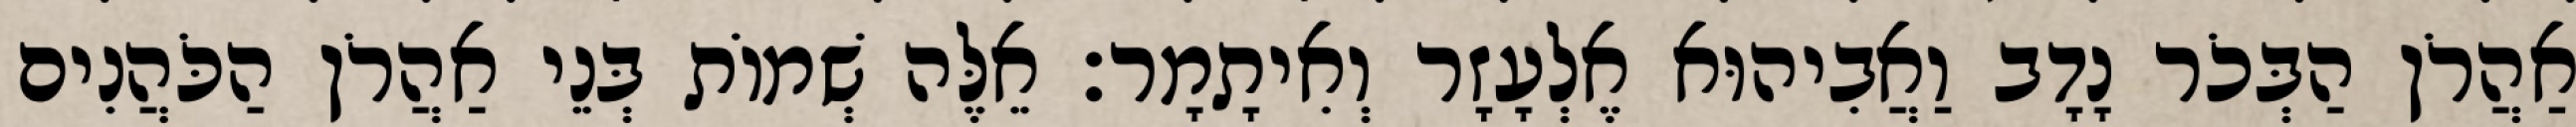
אַהֲרֹן הַבְּכֹר נָדָב וַאֲבִיהוּא אֶלְעָזָר וְאִיתָמָר׃ אֵלֶּה שְׁמוֹת בְּנֵי אַהֲרֹן הַכֹּהֲנִים